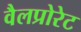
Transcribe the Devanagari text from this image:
वैलप्रोरेट